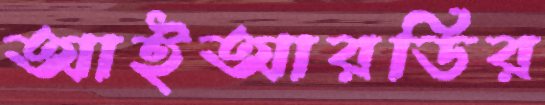
আইআরডির